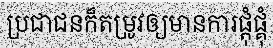
ប្រជាជនក៏តម្រូវឲ្យមានការផ្តុំផ្គុំ